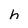
Character: h